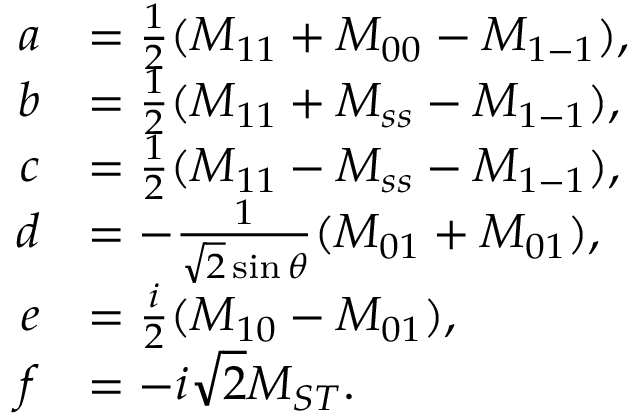
\begin{array} { r l } { a } & { = \frac { 1 } { 2 } ( M _ { 1 1 } + M _ { 0 0 } - M _ { 1 - 1 } ) , } \\ { b } & { = \frac { 1 } { 2 } ( M _ { 1 1 } + M _ { s s } - M _ { 1 - 1 } ) , } \\ { c } & { = \frac { 1 } { 2 } ( M _ { 1 1 } - M _ { s s } - M _ { 1 - 1 } ) , } \\ { d } & { = - \frac { 1 } { \sqrt { 2 } \sin \theta } ( M _ { 0 1 } + M _ { 0 1 } ) , } \\ { e } & { = \frac { i } { 2 } ( M _ { 1 0 } - M _ { 0 1 } ) , } \\ { f } & { = - i \sqrt { 2 } M _ { S T } . } \end{array}